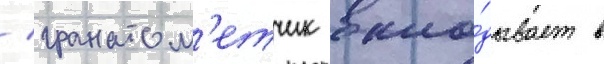
/ гранатом'етчик вкла́дывает в